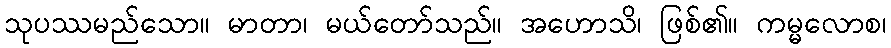
သုပဿမည်သော။ မာတာ၊ မယ်တော်သည်။ အဟောသိ၊ ဖြစ်၏။ ကမ္မလောစ၊